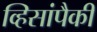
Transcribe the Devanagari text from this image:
व्हिसांपैकी